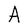
Character: A